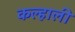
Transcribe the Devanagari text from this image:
कल्हाली